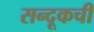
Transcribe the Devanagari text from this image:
सन्दूकची